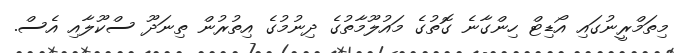
މިތަމްރީނުގައި އޯޑިޓް ހިންގާނެ ގޮތުގެ މައުލޫމާތުގެ ދިނުމުގެ އިތުރުން ތިނަދޫ ސްކޫލާއި އެސް.